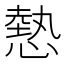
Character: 𢟯